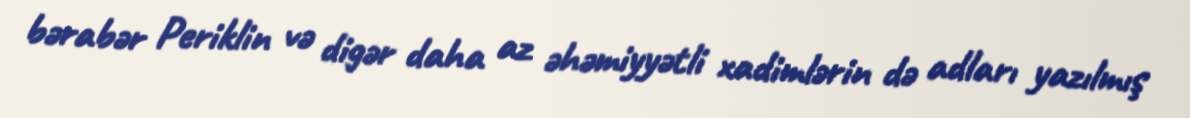
bərabər Periklin və digər daha az əhəmiyyətli xadimlərin də adları yazılmış